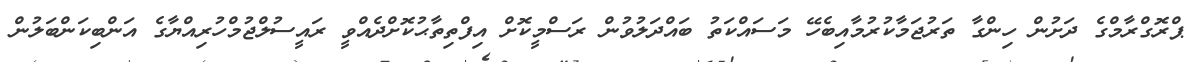
ޕްރޮގްރާމްގެ ދަށުން ހިންގާ ތަރުޖަމާކުރުމާއިބެހޭ މަސައްކަތު ބައްދަލުވުން ރަސްމީކޮށް އިފްތިތާޙުކޮށްދެއްވީ ރައީސުލްޖުމްހުރިއްޔާގެ އަންބިކަންބަލުން